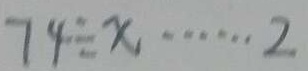
7 4 \div x \cdots 2